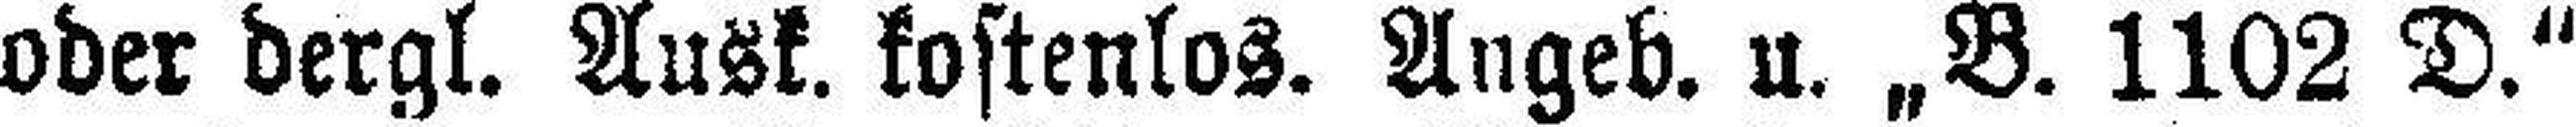
oder dergl. Ausk. kostenlos. Angeb. u. „B. 1102 D.“